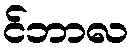
င်ဘာလ